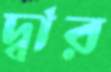
দ্বার